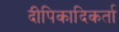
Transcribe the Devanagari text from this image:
दीपिकादिकर्ता